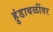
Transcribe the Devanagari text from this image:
हुंडाबळींवर